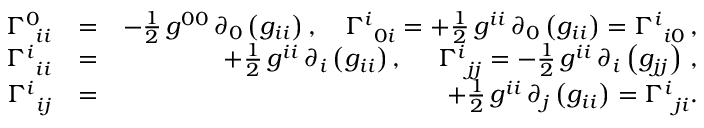
\begin{array} { r l r } { \Gamma _ { \, \, \, i i } ^ { 0 } } & { = } & { - \frac { 1 } { 2 } \, g ^ { 0 0 } \, \partial _ { 0 } \left( g _ { i i } \right) , \quad \Gamma _ { \, \, \, 0 i } ^ { i } = + \frac { 1 } { 2 } \, g ^ { i i } \, \partial _ { 0 } \left( g _ { i i } \right) = \Gamma _ { \, \, \, i 0 } ^ { i } \, , } \\ { \Gamma _ { \, \, \, i i } ^ { i } } & { = } & { + \frac { 1 } { 2 } \, g ^ { i i } \, \partial _ { i } \left( g _ { i i } \right) , ~ \quad \Gamma _ { \, \, \, j j } ^ { i } = - \frac { 1 } { 2 } \, g ^ { i i } \, \partial _ { i } \left( g _ { j j } \right) \, , } \\ { \Gamma _ { \, \, \, i j } ^ { i } } & { = } & { + \frac { 1 } { 2 } \, g ^ { i i } \, \partial _ { j } \left( g _ { i i } \right) = \Gamma _ { \, \, \, j i } ^ { i } . } \end{array}